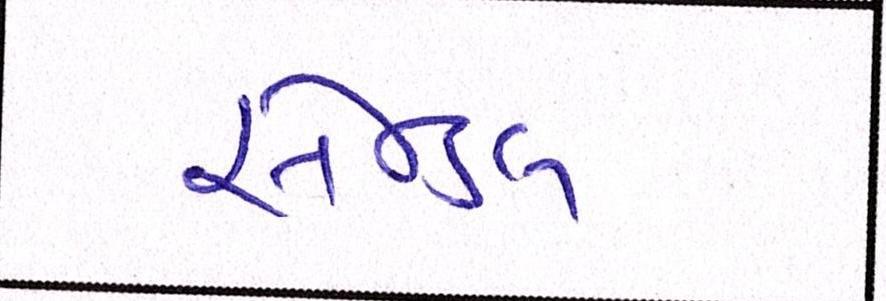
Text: સેન્ડલ